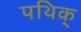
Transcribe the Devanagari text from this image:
पथिक्‌